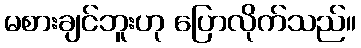
မစားချင်ဘူးဟု ပြောလိုက်သည်။